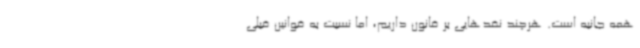
همه جانبه است. هرچند نقدهایی بر قانون داریم، اما نسبت به قوانین قبلی